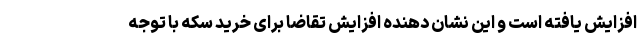
افزایش یافته است و این نشان دهنده افزایش تقاضا برای خرید سکه با توجه